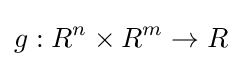
g:R^{n}\times R^{m}\to R